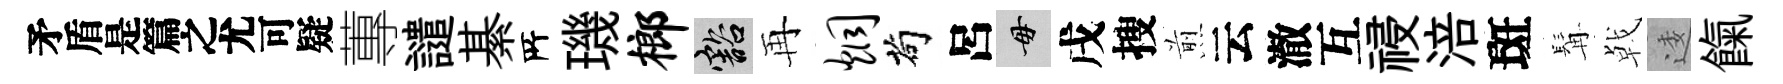
待蓴譴綦𠩄璣榔豁再炯茍呂毋戌搜煎云澈互祲涪斑髯㦸逶餼